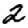
Digit: 2